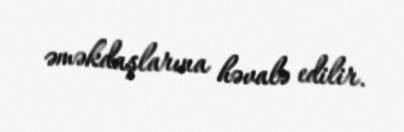
əməkdaşlarına həvalə edilir.